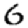
Digit: 6